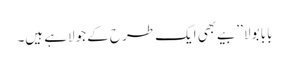
بابا بولا ’’بیے بھی ایک طرح کے جولاہے ہیں۔